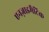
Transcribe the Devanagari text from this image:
एनज़ाइमैटिक